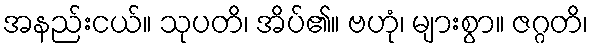
အနည်းငယ်။ သုပတိ၊ အိပ်၏။ ဗဟုံ၊ များစွာ။ ဇဂ္ဂတိ၊